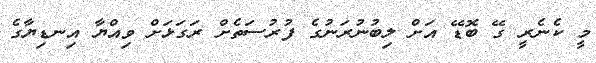
މީ ކެނެރީ ގޭ ބޮޑޭ އަށް ލިބުނުރަނުގެ ފުރުސަތެށް ރަގަޅަށް ވިއްޔާ އިނޑިޔާގެ